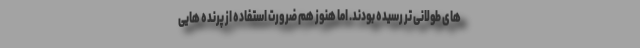
های طولانی تر رسیده بودند. اما هنوز هم ضرورت استفاده از پرنده هایی